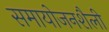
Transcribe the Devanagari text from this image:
समायोजनशैली